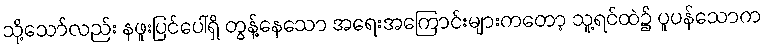
သို့သော်လည်း နဖူးပြင်ပေါ်ရှိ တွန့်နေသော အရေးအကြောင်းများကတော့ သူ့ရင်ထဲ၌ ပူပန်သောက